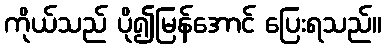
ကိုယ်သည် ပို၍မြန်အောင် ပြေးရသည်။